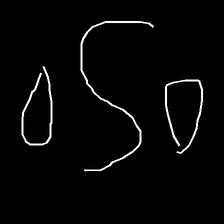
Glyph: water